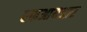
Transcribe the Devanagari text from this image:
एफआयआर